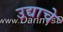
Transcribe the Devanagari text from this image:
उद्याचे